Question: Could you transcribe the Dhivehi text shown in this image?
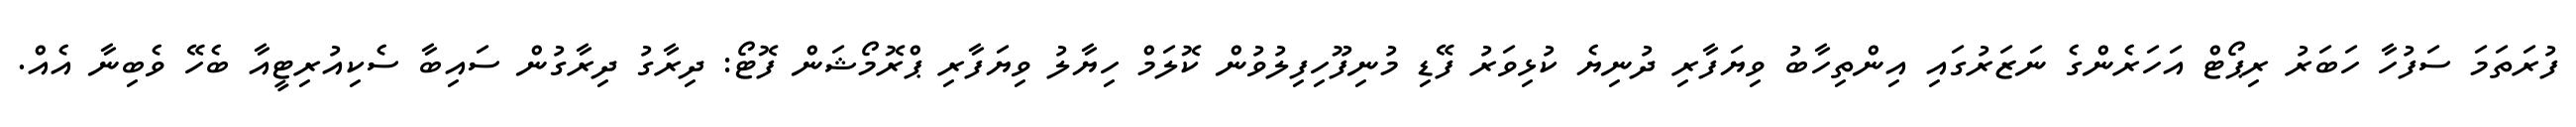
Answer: ފުރަތަމަ ސަފުހާ ހަބަރު ރިޕޯޓް އަހަރެންގެ ނަޒަރުގައި އިންތިހާބު ވިޔަފާރި ދުނިޔެ ކުޅިވަރު ފޭޑި މުނިފޫހިފިލުވުން ކޮލަމް ހިޔާލު ވިޔަފާރި ޕްރޮމޯޝަން ފޮޓޯ: ދިރާގު ދިރާގުން ސައިބާ ސެކިއުރިޓީއާ ބެހޭ ވެބިނާ އެއް.